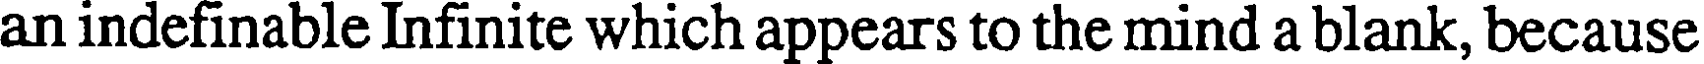
an indefinable Infinite which appears to the mind a blank, because